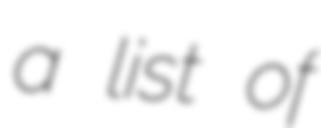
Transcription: a list of